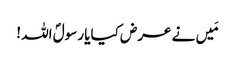
مَیں نے عرض کیایا رسولؐ اللہ !